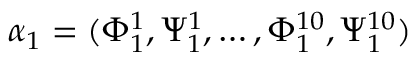
\alpha _ { 1 } = ( \Phi _ { 1 } ^ { 1 } , \Psi _ { 1 } ^ { 1 } , \dots , \Phi _ { 1 } ^ { 1 0 } , \Psi _ { 1 } ^ { 1 0 } )